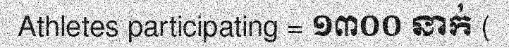
Athletes participating = ១៣០០ នាក់ (